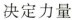
决定力量